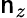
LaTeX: \mathsf{n}_{z}